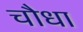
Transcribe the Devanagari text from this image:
चौधा